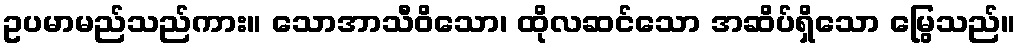
ဥပမာမည်သည်ကား။ သောအာသီဝိသော၊ ထိုလဆင်သော အဆိပ်ရှိသော မြွေသည်။